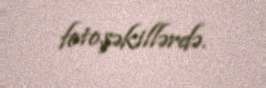
fotoşəkillərdə.